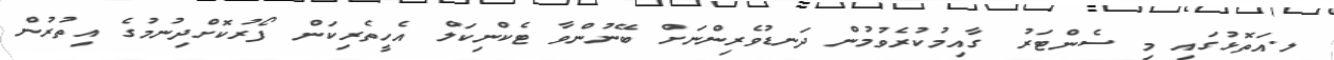
ލ.އަތޮޅުގައި މި ސެންޓަރު ގާއިމުކުރެވުމުން ދަނޑުވެރިންނަށް ބޭނުންވާ ޓެކްނިކަލް އެހީތެރިކަން ފޯރުކޮށްދިނުމުގެ އިތުރުން